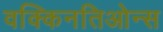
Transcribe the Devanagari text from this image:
वक्किनतिओन्स